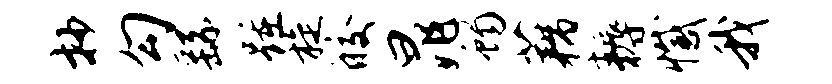
抄勾繇踵旋皎晁蝎藕耨撼我